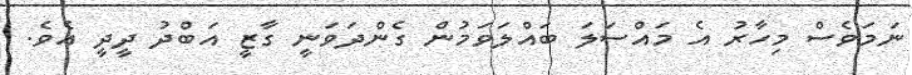
ނަމަވެސް މިހާރު އެ މައްސަލަ ބައްލަވަމުން ގެންދަވަނީ ގާޒީ އަބްދު ދީދީ އެވެ.